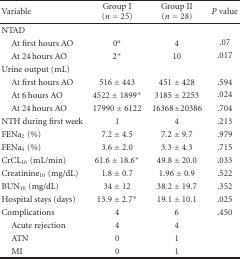
<table><thead><tr><td><b>Variable</b></td><td><b>Group I(<i>n</i> = 25)</b></td><td><b>Group II(<i>n</i> = 28)</b></td><td><b><i>P</i> value</b></td></tr></thead><tbody><tr><td>NTAD</td><td> </td><td></td><td></td></tr><tr><td> At first hours AO</td><td>0<sup><i>α</i></sup></td><td>4</td><td>.07</td></tr><tr><td> At 24 hours AO</td><td>2*</td><td>10</td><td>.017</td></tr><tr><td>Urine output (mL)</td><td> </td><td> </td><td> </td></tr><tr><td> At first hours AO</td><td>516 ± 443</td><td>451 ± 428</td><td>.594</td></tr><tr><td> At 6 hours AO</td><td>4522 ± 1899*</td><td>3185 ± 2253</td><td>.024</td></tr><tr><td> At 24 hours AO</td><td>17990 ± 6122</td><td>16368 ± 20386</td><td>.704</td></tr><tr><td>NTH during first week</td><td>1</td><td>4</td><td>.213</td></tr><tr><td>FENa<sub>2</sub> (%)</td><td>7.2 ± 4.5</td><td>7.2 ± 9.7</td><td>.979</td></tr><tr><td>FENa<sub>4</sub> (%)</td><td>3.6 ± 2.0</td><td>3.3 ± 4.3</td><td>.715</td></tr><tr><td>CrCL<sub>10</sub> (mL/min)</td><td>61.6 ± 18.6*</td><td>49.8 ± 20.0</td><td>.033</td></tr><tr><td>Creatinine<sub>10</sub> (mg/dL)</td><td>1.8 ± 0.7</td><td>1.96 ± 0.9</td><td>.522</td></tr><tr><td>BUN<sub>10</sub> (mg/dL)</td><td>34 ± 12</td><td>38.2 ± 19.7</td><td>.352</td></tr><tr><td>Hospital stays (days)</td><td>13.9 ± 2.7*</td><td>19.1 ± 10.1</td><td>.025</td></tr><tr><td>Complications</td><td>4</td><td>6</td><td>.450</td></tr><tr><td> Acute rejection</td><td>4</td><td>4</td><td> </td></tr><tr><td> ATN</td><td>0</td><td>1</td><td> </td></tr><tr><td> MI</td><td>0</td><td>1</td><td> </td></tr></tbody></table>